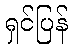
ရှင်ပြန်